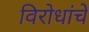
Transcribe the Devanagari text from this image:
विरोधांचे